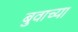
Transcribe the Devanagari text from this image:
बुवाच्या